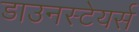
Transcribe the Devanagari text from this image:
डाउनस्टेयर्स